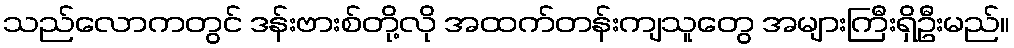
သည်လောကတွင် ဒန်းဗားစ်တို့လို အထက်တန်းကျသူတွေ အများကြီးရှိဦးမည်။